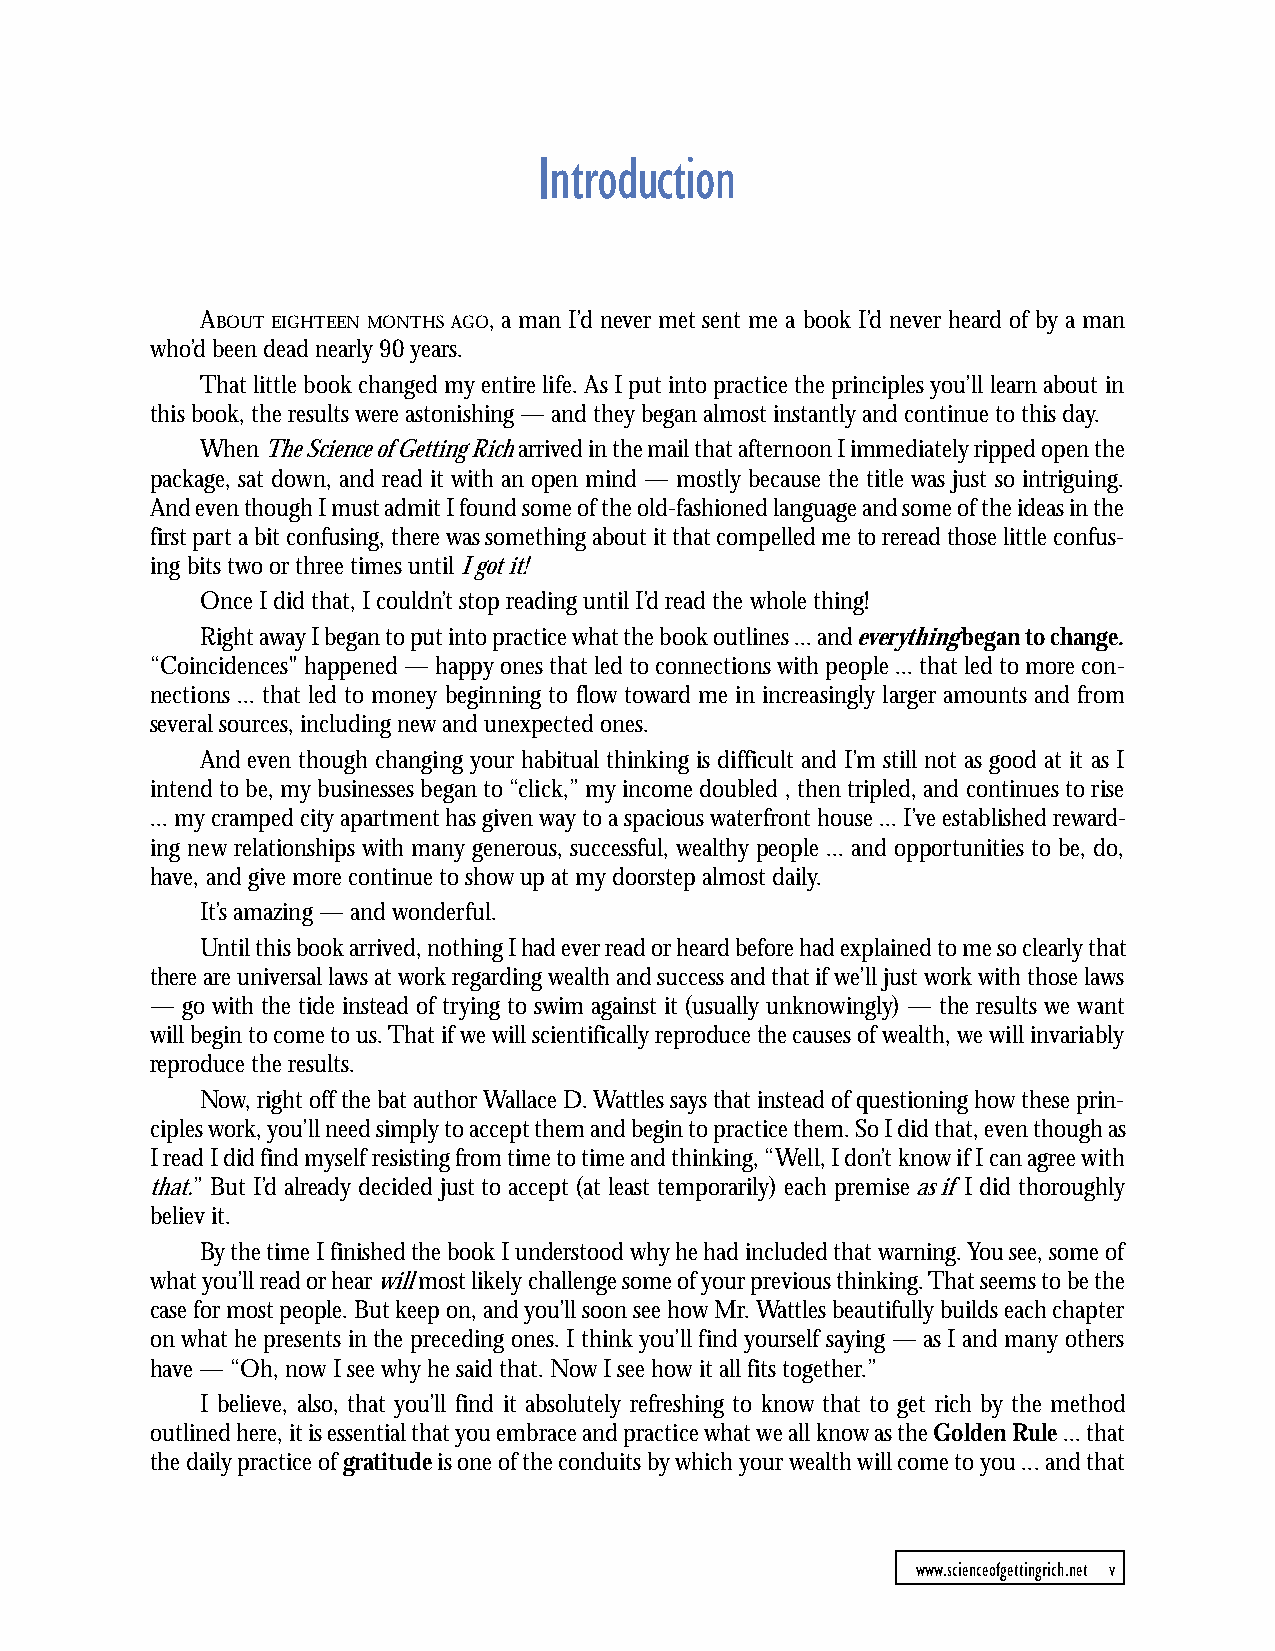
Introduction
 ABOUT EIGHTEEN MONTHS AGO, a man I’d never met sent me a book I’d never heard of by a man
 who’d been dead nearly 90 years.
 That little book changed my entire life. As I put into practice the principles you’ll learn about in
 this book, the results were astonishing — and they began almost instantly and continue to this day.
 When The Science of Getting Rich arrived in the mail that afternoon I immediately ripped open the
 package, sat down, and read it with an open mind — mostly because the title was just so intriguing.
 And even though I must admit I found some of the old-fashioned language and some of the ideas in the
 first part a bit confusing, there was something about it that compelled me to reread those little confus-
 ing bits two or three times until I got it!
 Once I did that, I couldn’t stop reading until I’d read the whole thing!
 Right away I began to put into practice what the book outlines ... and everything began to change.
 “Coincidences" happened — happy ones that led to connections with people ... that led to more con-
 nections ... that led to money beginning to flow toward me in increasingly larger amounts and from
 several sources, including new and unexpected ones.
 And even though changing your habitual thinking is difficult and I’m still not as good at it as I
 intend to be, my businesses began to “click,” my income doubled , then tripled, and continues to rise
 ... my cramped city apartment has given way to a spacious waterfront house ... I’ve established reward-
 ing new relationships with many generous, successful, wealthy people ... and opportunities to be, do,
 have, and give more continue to show up at my doorstep almost daily.
 It’s amazing — and wonderful.
 Until this book arrived, nothing I had ever read or heard before had explained to me so clearly that
 there are universal laws at work regarding wealth and success and that if we’ll just work with those laws
 — go with the tide instead of trying to swim against it (usually unknowingly) — the results we want
 will begin to come to us. That if we will scientifically reproduce the causes of wealth, we will invariably
 reproduce the results.
 Now, right off the bat author Wallace D. Wattles says that instead of questioning how these prin-
 ciples work, you’ll need simply to accept them and begin to practice them. So I did that, even though as
 I read I did find myself resisting from time to time and thinking, “Well, I don’t know if I can agree with
 that.” But I’d already decided just to accept (at least temporarily) each premise as if I did thoroughly
 believ it.
 By the time I finished the book I understood why he had included that warning. You see, some of
 what you’ll read or hear will most likely challenge some of your previous thinking. That seems to be the
 case for most people. But keep on, and you’ll soon see how Mr. Wattles beautifully builds each chapter
 on what he presents in the preceding ones. I think you’ll find yourself saying — as I and many others
 have — “Oh, now I see why he said that. Now I see how it all fits together.”
 I believe, also, that you’ll find it absolutely refreshing to know that to get rich by the method
 outlined here, it is essential that you embrace and practice what we all know as the Golden Rule ... that
 the daily practice of gratitude is one of the conduits by which your wealth will come to you ... and that
 www.scienceofgettingrich.net v